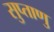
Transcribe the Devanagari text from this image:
सुप्ताणु